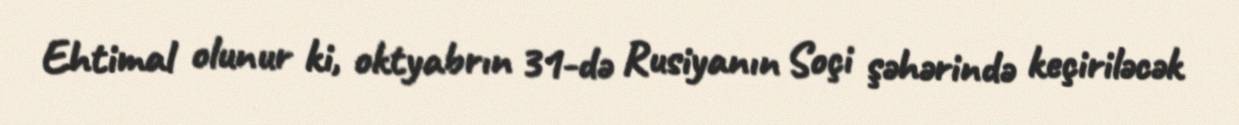
Ehtimal olunur ki, oktyabrın 31-də Rusiyanın Soçi şəhərində keçiriləcək